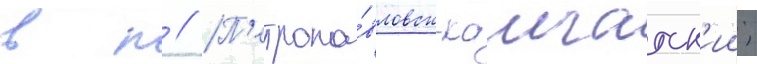
в п // П'етропа́вловск-камчатск'ии;